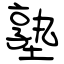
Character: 塾